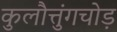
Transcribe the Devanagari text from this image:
कुलौत्तुंगचोड़